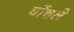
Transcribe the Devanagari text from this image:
चोंचले